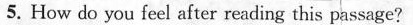
5.How do you feel after reading this passage?